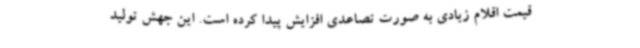
قیمت اقلام زیادی به صورت تصاعدی افزایش پیدا کرده است. این جهش تولید